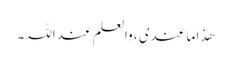
ھذا ما عندی ، والعلم عند اللہ ۔